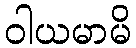
ဝါယမာမိ